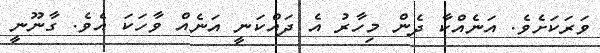
ވަރަކަށެވެ. އަނެއްކާ ދެން މިހާރު އެ ދައްކަނީ އަނެއް ވާހަކަ އެވެ. ގާނޫނީ